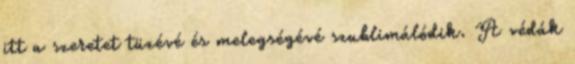
itt a szeretet tüzévé és melegségévé szublimálódik. A védák